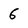
Character: 6